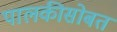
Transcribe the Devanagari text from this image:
पालकीसोबत